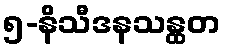
၅-နိသီဒနသန္ထတ